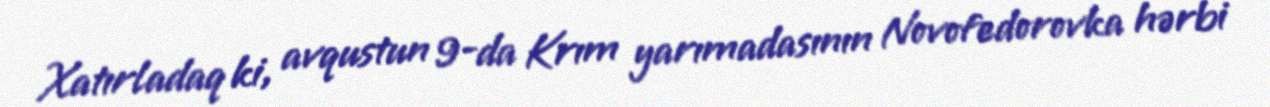
Xatırladaq ki, avqustun 9-da Krım yarımadasının Novofedorovka hərbi